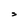
Character: s